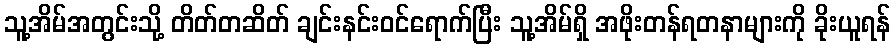
သူ့အိမ်အတွင်းသို့ တိတ်တဆိတ် ချင်းနင်းဝင်ရောက်ပြီး သူ့အိမ်ရှိ အဖိုးတန်ရတနာများကို ခိုးယူရန်